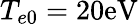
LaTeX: T_{e0}=20\textrm{eV}